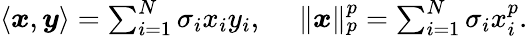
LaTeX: \begin{array}{r}{\langle{\boldsymbol x},{\boldsymbol y}\rangle=\sum_{i=1}^{N}\sigma_{i}x_{i}y_{i},\ \ \ \ \ \| {\boldsymbol x}\| _{p}^{p}=\sum_{i=1}^{N}\sigma_{i}x_{i}^{p}.}\end{array}